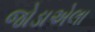
જોડાએલા